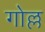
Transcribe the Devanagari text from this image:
गोल्ल